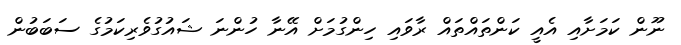
ނޫން ކަމަށާއި އެއީ ކަންތައްތައް ރާވައި ހިންގުމަށް އޭނާ ހުންނަ ޝައުގުވެރިކަމުގެ ސަބަބުން